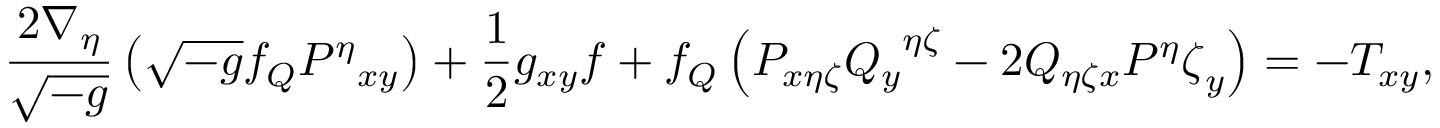
\frac { 2 \nabla _ { \eta } } { \sqrt { - g } } \left( \sqrt { - g } { f _ { Q } } { P ^ { \eta } } _ { x y } \right) + \frac { 1 } { 2 } g _ { x y } f + { f _ { Q } } \left( P _ { x \eta \zeta } { { Q _ { y } } ^ { \eta \zeta } } - 2 { Q } _ { \eta \zeta x } { { P ^ { \eta } \zeta } _ { y } } \right) = - { T } _ { x y } ,